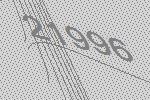
21996